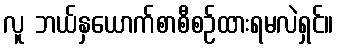
လူ ဘယ်နှယောက်စာစီစဉ်ထားရမလဲရှင်။